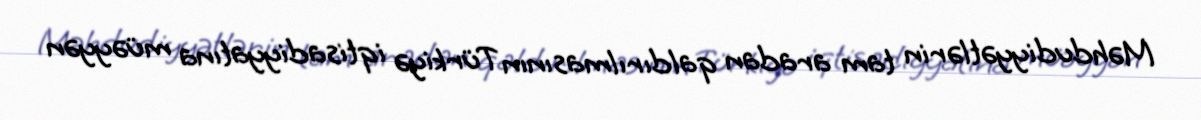
Məhdudiyyətlərin tam aradan qaldırılmasının Türkiyə iqtisadiyyatına müəyyən